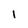
Character: 1